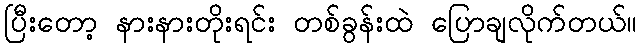
ပြီးတော့ နားနားတိုးရင်း တစ်ခွန်းထဲ ပြောချလိုက်တယ်။